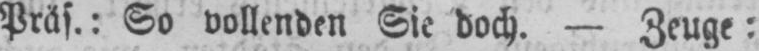
Präs.: So vollenden Sic doch. - Zeuge: